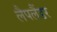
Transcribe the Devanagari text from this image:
लैपलैंडर